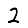
Digit: 2